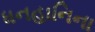
ધનહાનિના